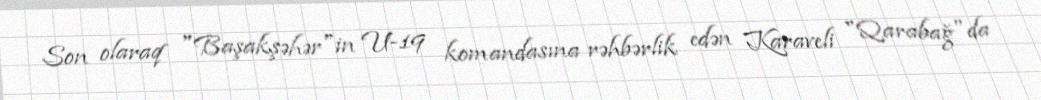
Son olaraq "Başakşəhər"in U-19 komandasına rəhbərlik edən Karaveli "Qarabağ"da